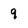
Character: q